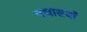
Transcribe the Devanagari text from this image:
पचासवाँ